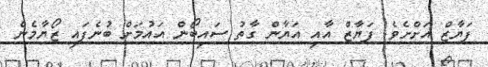
ފަޔާޒް އަށްށެވެ. ފަޔާޒް އާއި އަޔާން ގާތު ސައިބޯން އައުމަށް ބުނެފައި ޒޯޔާމެން